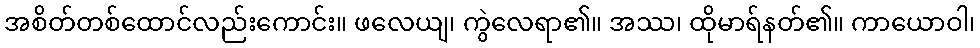
အစိတ်တစ်ထောင်လည်းကောင်း။ ဖလေယျ၊ ကွဲလေရာ၏။ အဿ၊ ထိုမာရ်နတ်၏။ ကာယောဝါ၊